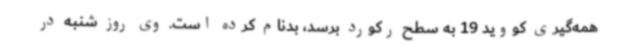
همه‌گیری کووید 19 به سطح رکورد برسد، بدنام کرده است. وی روز شنبه در